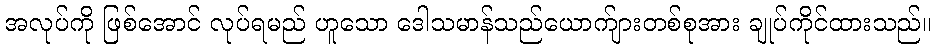
အလုပ်ကို ဖြစ်အောင် လုပ်ရမည် ဟူသော ဒေါသမာန်သည်ယောက်ျားတစ်စုအား ချုပ်ကိုင်ထားသည်။